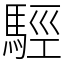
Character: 𩣪